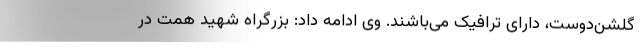
گلشن‌دوست، دارای ترافیک می‌باشند. وی ادامه داد: بزرگراه شهید همت در